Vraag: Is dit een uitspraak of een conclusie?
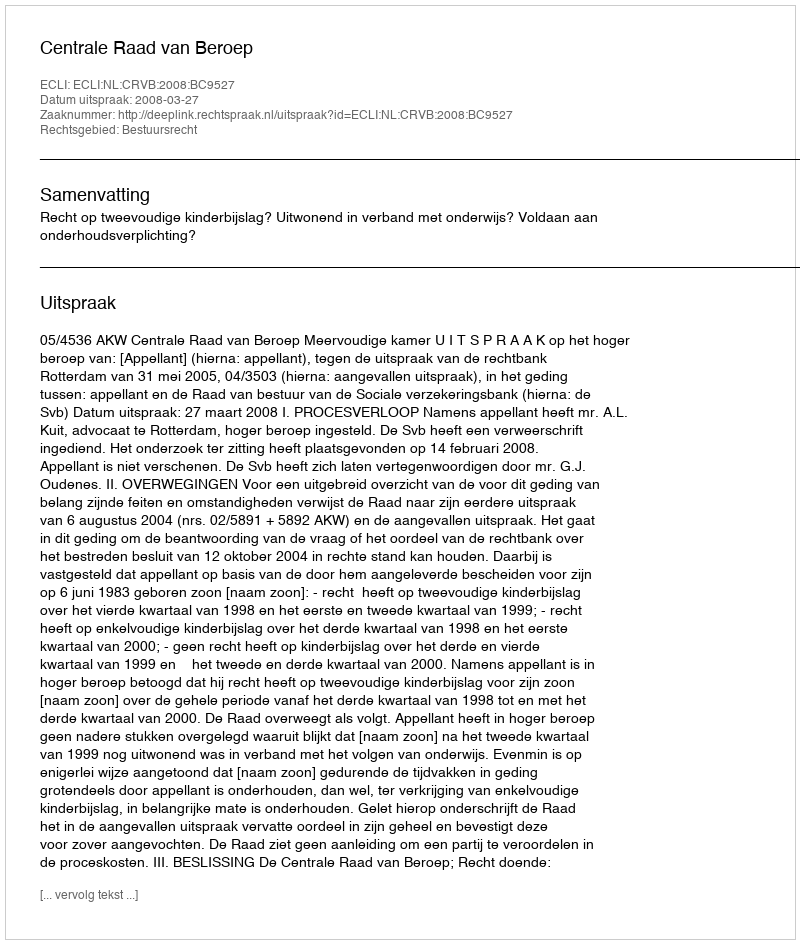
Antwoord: Uitspraak